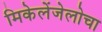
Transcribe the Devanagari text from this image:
मिकेलेंजेलोचा